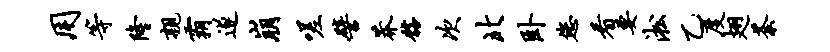
用等隆亲霸遂崩嗟譬莽髂次北卧您看要淞乙度翅荼